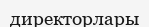
директорлары